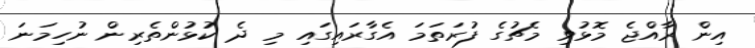
އިން ރާއްޖެ މޮޅުވި މެޗުގެ ފުރަތަމަ އެގާރައިގައި މި ދެ ކުޅުންތެރިން ނުހިމަނަ